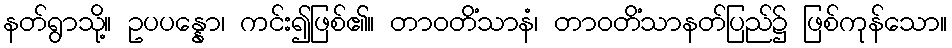
နတ်ရွာသို့။ ဥပပန္နော၊ ကင်း၍ဖြစ်၏။ တာဝတိံသာနံ၊ တာဝတိံသာနတ်ပြည်၌ ဖြစ်ကုန်သော။